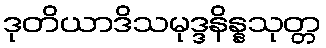
ဒုတိယာဒိသမုဒ္ဒနိန္နသုတ္တ